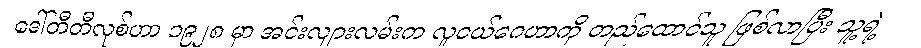
ဒေါ်တီတီလုစ်ဟာ ၁၉၂၈ မှာ အင်းလျားလမ်းက လူငယ်ဂေဟာကို တည်ထောင်သူ ဖြစ်လာပြီး သူ့ရဲ့